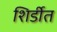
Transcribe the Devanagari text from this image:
शिर्डीत